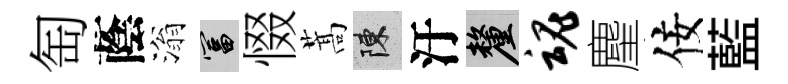
匋蔭滃富惙蒿陳汙厘魂麈佞藍